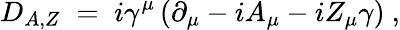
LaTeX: D_{A,Z}\; =\; i\gamma^{\mu}\left(\partial_{\mu}-iA_{\mu}-iZ_{\mu}\gamma\right)~,